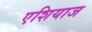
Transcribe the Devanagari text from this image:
एशियाज